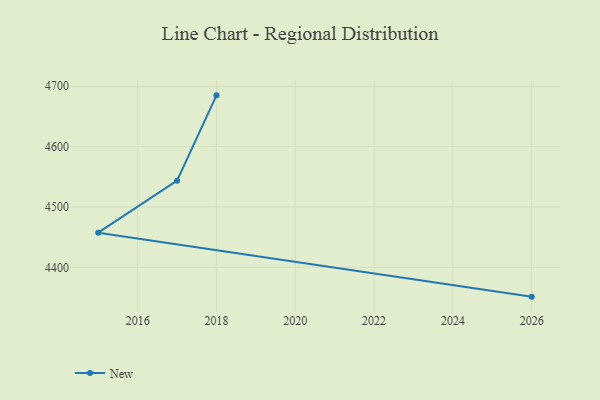
{"axis": {"x": "Year", "y": "Latency (ms)"}, "legend": ["New"], "data": [{"x": "2018", "y": 4684.9, "type": "New"}, {"x": "2017", "y": 4543.6, "type": "New"}, {"x": "2015", "y": 4457.4, "type": "New"}, {"x": "2026", "y": 4351.4, "type": "New"}]}